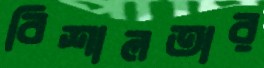
বিশালতার